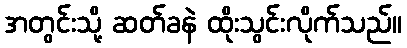
အတွင်းသို့ ဆတ်ခနဲ ထိုးသွင်းလိုက်သည်။